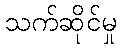
သက်ဆိုင်မှု